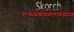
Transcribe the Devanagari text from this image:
प्रवीणभाई